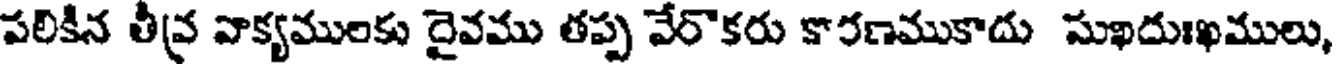
పలికీన తీవ్ర వాక్యములకు దైవము తప్ప వేరొకరు కారణముకాదు సుఖదుఃఖములు,